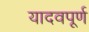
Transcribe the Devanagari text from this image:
यादवपूर्ण